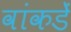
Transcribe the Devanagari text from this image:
वांकडें